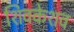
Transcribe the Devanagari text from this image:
शिवकेशव